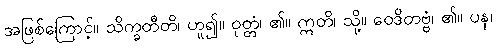
အဖြစ်ကြောင့်။ သိက္ခတီတိ၊ ဟူ၍။ ဝုတ္တံ၊ ၏။ ဣတိ၊ သို့။ ဝေဒိတဗ္ဗံ၊ ၏။ ပန၊